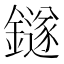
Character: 鐩